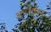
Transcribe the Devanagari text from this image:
अचलावदा